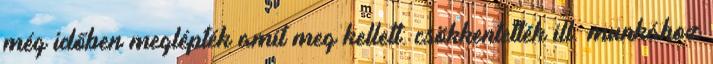
még időben meglépték amit meg kellett: csökkentették ill. munkához